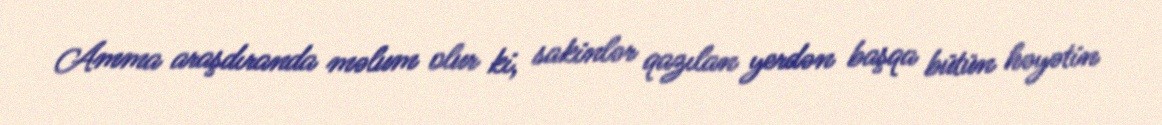
Amma araşdıranda məlum olur ki, sakinlər qazılan yerdən başqa bütün həyətin